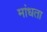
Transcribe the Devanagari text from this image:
मांधता